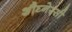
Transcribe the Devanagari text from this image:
शौघ्नेस्सी